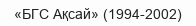
«БГС Ақсай» (1994-2002)